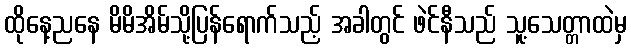
ထိုနေ့ညနေ မိမိအိမ်သို့ပြန်ရောက်သည့် အခါတွင် ဖဲင်နီသည် သူ့သေတ္တာထဲမှ